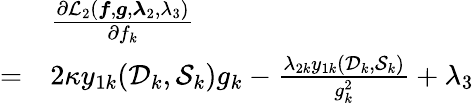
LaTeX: \begin{array}{r}{\begin{array}{rl}&{\frac{\partial\mathcal L_{2}(\boldsymbol f,\boldsymbol g,\boldsymbol\lambda_{2},\lambda_{3})}{\partial f_{k}}}\\ {=}&{2\kappa y_{1k}(\mathcal D_{k},\mathcal S_{k})g_{k}-\frac{\lambda_{2k}y_{1k}(\mathcal D_{k},\mathcal S_{k})}{g_{k}^{2}}+\lambda_{3}}\end{array}}\end{array}